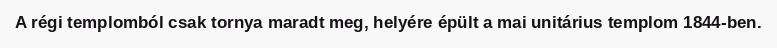
A régi templomból csak tornya maradt meg, helyére épült a mai unitárius templom 1844-ben.